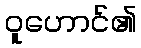
ဝူဟောင်၏